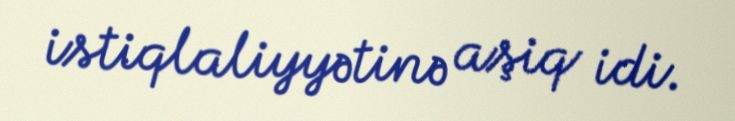
istiqlaliyyətinə aşiq idi.